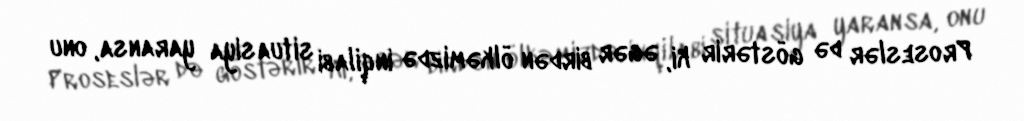
Proseslər də göstərir ki, əgər birdən ölkəmizdə inqilabi situasiya yaransa, onu